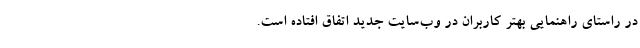
در راستای راهنمایی بهتر کاربران در وب‌سایت جدید اتفاق افتاده است.